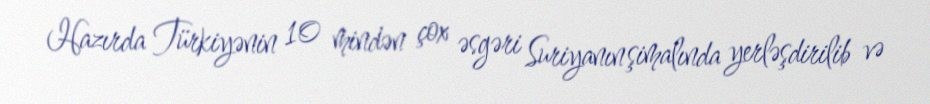
Hazırda Türkiyənin 10 mindən çox əsgəri Suriyanın şimalında yerləşdirilib və